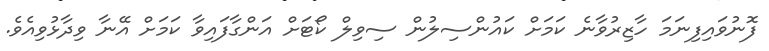
ފޮނުވައިފިނަމަ ހާޒިރުވާނެ ކަމަށް ކައުންސިލުން ސިވިލް ކޯޓަށް އަންގާފައިވާ ކަމަށް އޭނާ ވިދާޅުވިއެވެ.